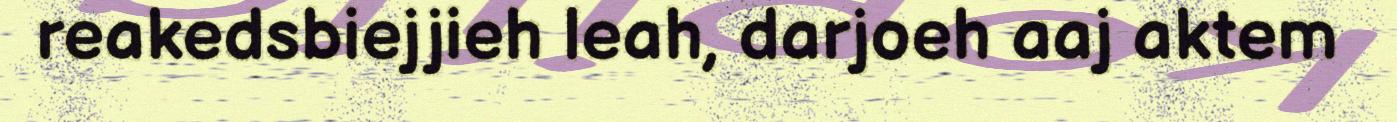
reakedsbiejjieh leah, darjoeh aaj aktem